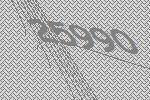
25990